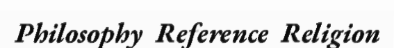
Philosophy  Reference  Religion